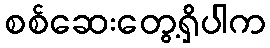
စစ်ဆေးတွေ့ရှိပါက